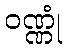
ဝဏ္ဏုံ